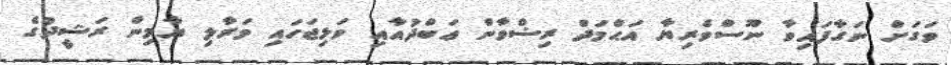
ވަގަށް ނަގާފައިވާ ނޫސްވެރިޔާ އަޙްމަދް ރިޟްވާން ޢަބްދުއާއި ވަޅިޖަހައި މަރާލި ޔާމިން ރަޝީދުގެ